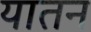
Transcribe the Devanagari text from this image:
यातन